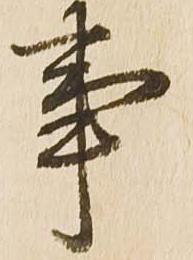
事